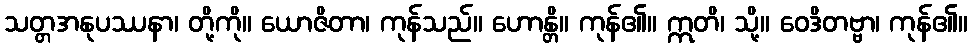
သတ္တအနုပဿနာ၊ တို့ကို။ ယောဇိတာ၊ ကုန်သည်။ ဟောန္တိ။ ကုန်၏။ ဣတိ၊ သို့။ ဝေဒိတဗ္ဗာ၊ ကုန်၏။